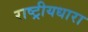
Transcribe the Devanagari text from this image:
राष्ट्रीयधारा